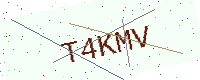
Text: T4KMV